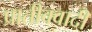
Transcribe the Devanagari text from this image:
प्रातीक्वादी